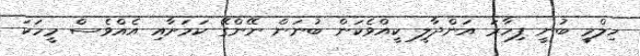
ހިލްމީ ބުނީ ފިހާރަ އަންދާލީ ކީއްވެކަން ބުނަން ނޭންގޭ ކަމަށާއި އެއްވެސް މީހަކަ